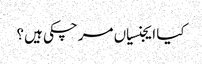
کیا ایجنسیاں مرچکی ہیں؟